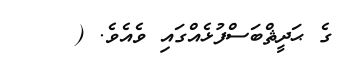
ގެ ޙަދީޘްބަސްފުޅެއްގައި ވެއެވެ. (